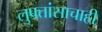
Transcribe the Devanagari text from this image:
लुफ्तांसाचाही